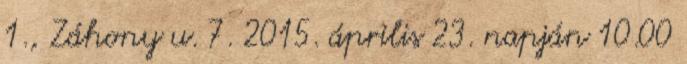
1., Záhony u. 7. 2015. április 23. napján 10.00